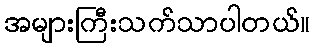
အများကြီးသက်သာပါတယ်။